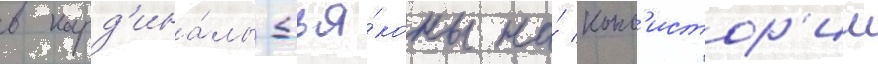
в кард'ина́лы-дья́коны на́ конс'истор'ии